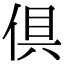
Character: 俱